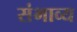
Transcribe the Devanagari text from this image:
संभाव्‍य